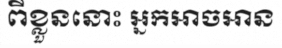
ពីខ្លួននោះ អ្នកអាចអាន